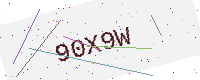
Text: 90X9W